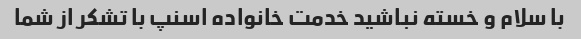
با سلام و خسته نباشید خدمت خانواده اسنپ با تشکر از شما